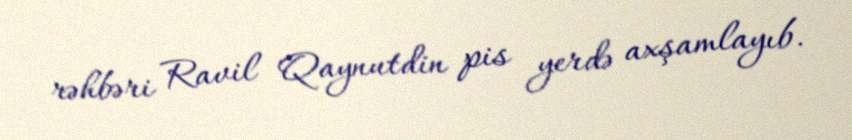
rəhbəri Ravil Qaynutdin pis yerdə axşamlayıb.